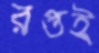
রপ্তই